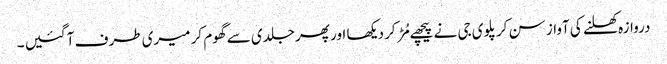
دروازہ کھلنے کی آواز سن کر پلوی جی نے پیچھے مُڑ کر دیکھا اور پھر جلدی سے گھوم کر میری طرف آ گئیں ۔